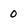
Character: 0